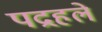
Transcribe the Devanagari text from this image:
पद्रहले